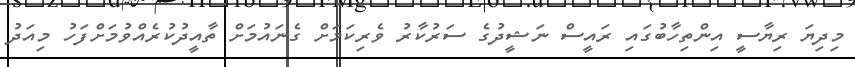
މިދިޔަ ރިޔާސީ އިންތިހާބުގައި ރައީސް ނަޝީދުގެ ސަރުކާރު ވެރިކަމަށް ގެނައުމަށް ތާއީދުކުރެއްވުމަށްފަހު މިއަދު